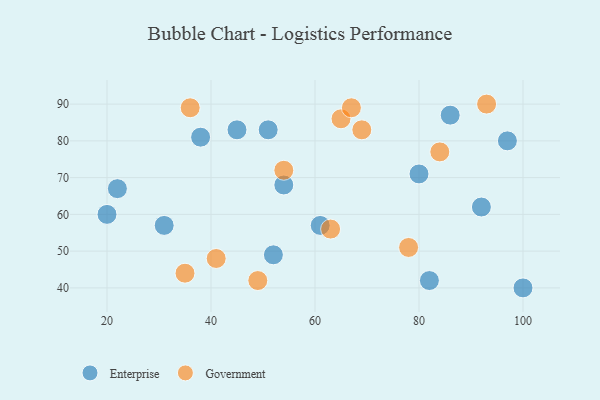
{"axis": {"x": "GDP", "y": "Life Expectancy"}, "legend": ["Enterprise", "Government"], "data": [{"x": "61", "y": 57, "type": "Enterprise"}, {"x": "100", "y": 40, "type": "Enterprise"}, {"x": "45", "y": 83, "type": "Enterprise"}, {"x": "20", "y": 60, "type": "Enterprise"}, {"x": "97", "y": 80, "type": "Enterprise"}, {"x": "51", "y": 83, "type": "Enterprise"}, {"x": "52", "y": 49, "type": "Enterprise"}, {"x": "80", "y": 71, "type": "Enterprise"}, {"x": "92", "y": 62, "type": "Enterprise"}, {"x": "22", "y": 67, "type": "Enterprise"}, {"x": "86", "y": 87, "type": "Enterprise"}, {"x": "38", "y": 81, "type": "Enterprise"}, {"x": "54", "y": 68, "type": "Enterprise"}, {"x": "31", "y": 57, "type": "Enterprise"}, {"x": "82", "y": 42, "type": "Enterprise"}, {"x": "84", "y": 77, "type": "Government"}, {"x": "65", "y": 86, "type": "Government"}, {"x": "78", "y": 51, "type": "Government"}, {"x": "41", "y": 48, "type": "Government"}, {"x": "36", "y": 89, "type": "Government"}, {"x": "67", "y": 89, "type": "Government"}, {"x": "93", "y": 90, "type": "Government"}, {"x": "69", "y": 83, "type": "Government"}, {"x": "54", "y": 72, "type": "Government"}, {"x": "49", "y": 42, "type": "Government"}, {"x": "35", "y": 44, "type": "Government"}, {"x": "63", "y": 56, "type": "Government"}]}